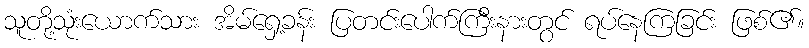
သူတို့သုံးယောက်သား အိမ်ရှေ့ခန်း ပြတင်းပေါက်ကြီးနားတွင် ရပ်နေကြခြင်း ဖြစ်၏။